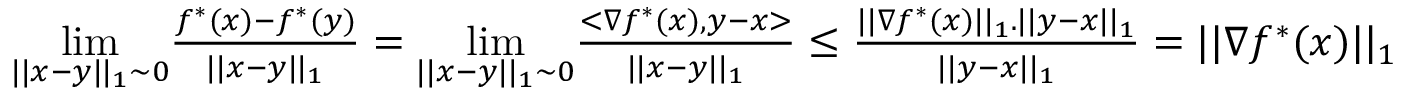
\begin{array} { r l } { { } } & { { } \underset { | | x - y | | _ { 1 } \sim 0 } { \operatorname* { l i m } } \frac { f ^ { * } ( x ) - f ^ { * } ( y ) } { | | x - y | | _ { 1 } } = \underset { | | x - y | | _ { 1 } \sim 0 } { \operatorname* { l i m } } \frac { < \nabla f ^ { * } ( x ) , y - x > } { | | x - y | | _ { 1 } } \leq \frac { | | \nabla f ^ { * } ( x ) | | _ { 1 } . | | y - x | | _ { 1 } } { | | y - x | | _ { 1 } } = | | \nabla f ^ { * } ( x ) | | _ { 1 } } \end{array}